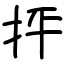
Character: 抨